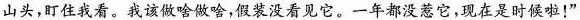
山头，盯住我看。我该做啥做啥，假装没看见它。一年都没惹它，现在是时侯啦！”